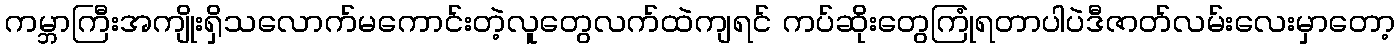
ကမ္ဘာကြီးအကျိုးရှိသလောက်မကောင်းတဲ့လူတွေလက်ထဲကျရင် ကပ်ဆိုးတွေကြုံရတာပါပဲဒီဇာတ်လမ်းလေးမှာတော့